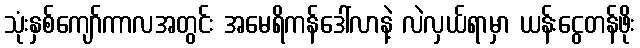
သုံးနှစ်ကျော်ကာလအတွင်း အမေရိကန်ဒေါ်လာနဲ့ လဲလှယ်ရာမှာ ယန်းငွေတန်ဖိုး